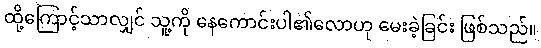
ထို့ကြောင့်သာလျှင် သူ့ကို နေကောင်းပါ၏လောဟု မေးခဲ့ခြင်း ဖြစ်သည်။